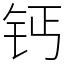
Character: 钙